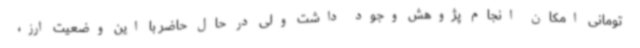
تومانی امکان انجام پژوهش وجود داشت ولی در حال حاضر با این وضعیت ارز،‌